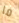
ما